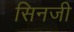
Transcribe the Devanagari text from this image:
सिनजी